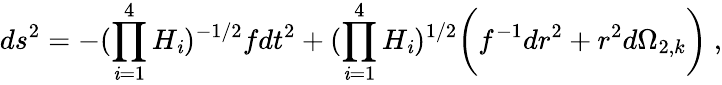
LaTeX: ds^{2}=-{(\prod_{\mathit{i}=1}^{4}H_{\mathit{i}})^{-1/2}}fdt^{2}+(\prod_{\mathit{i}=1}^{4}H_{\mathit{i}})^{1/2}\bigg(f^{-1}{dr^{2}}+r^{2}d\Omega_{2,k}\bigg)\ ,